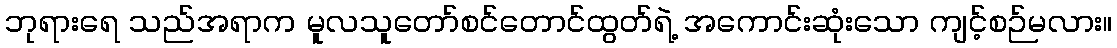
ဘုရားရေ သည်အရာက မူလသူတော်စင်တောင်ထွတ်ရဲ့ အကောင်းဆုံးသော ကျင့်စဉ်မလား။